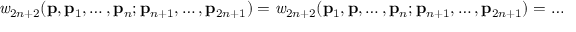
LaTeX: { \it w } _ { 2 n + 2 } ( { \bf p } , { \bf p } _ { 1 } , \ldots , { \bf p } _ { n } ; { \bf p } _ { n + 1 } , \ldots , { \bf p } _ { 2 n + 1 } ) = { \it w } _ { 2 n + 2 } ( { \bf p } _ { 1 } , { \bf p } , \ldots , { \bf p } _ { n } ; { \bf p } _ { n + 1 } , \ldots , { \bf p } _ { 2 n + 1 } ) = \ldots